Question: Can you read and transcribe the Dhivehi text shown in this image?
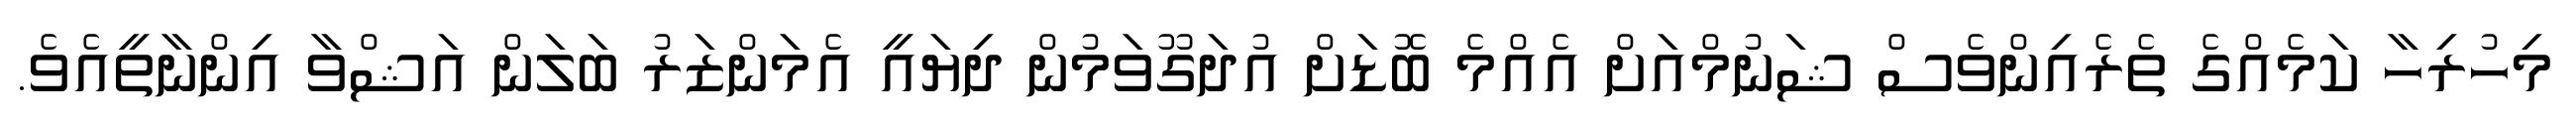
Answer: މިހުރިހާ ކަމެއްގެ ތެރެއިންވެސް ޝަނުމްއަށް އެއްމެ ބޮޑަށް އުދަގޫވަމުން ދިޔައީ އެމަންޒަރު ބަލަން އަޝްވާ އިންނާތީއެވެ.